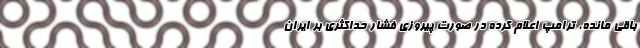
باقی مانده، ترامپ اعلام کرده در صورت پیروزی فشار حداکثری بر ایران